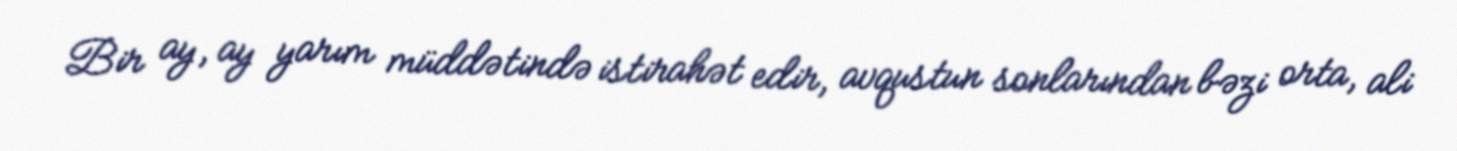
Bir ay, ay yarım müddətində istirahət edir, avqustun sonlarından bəzi orta, ali